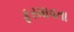
ફરમાવતા